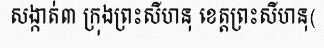
សង្កាត់៣ ក្រុងព្រះសីហនុ ខេត្តព្រះសីហនុ(